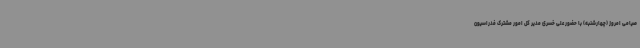
صیامی امروز (چهارشنبه) با حضور علی خسری مدیر کل امور مشترک فدراسیون